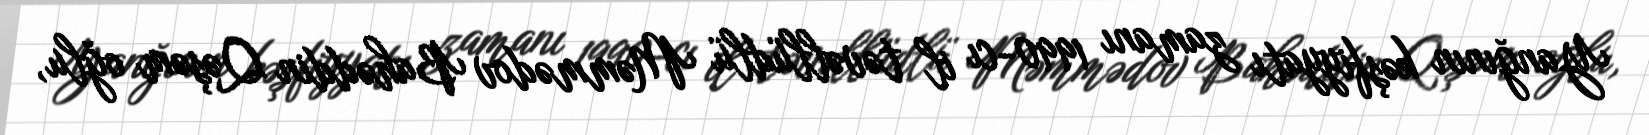
Yanğının kəşfiyyatı zamanı 1990-cı il təvəllüdlü Məmmədov Bahəddin Qəşəm oğlu,